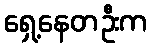
ရှေ့နေတဦးက